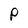
Character: P